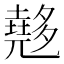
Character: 𡗉